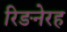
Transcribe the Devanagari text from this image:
रिङनेरह